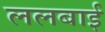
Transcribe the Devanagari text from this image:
ललबाई